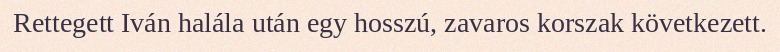
Rettegett Iván halála után egy hosszú, zavaros korszak következett.